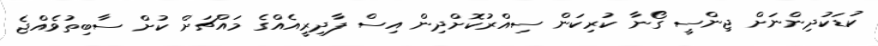
ކުޑަކުދިންނަށް ޖިންސީ ގޯނާ ކުރިކަން ސިއްރުކޮށްދިން އިސް ފާދިރީއެއްގެ މައްޗަށް ކުށް ސާބިތުވެއްޖެ